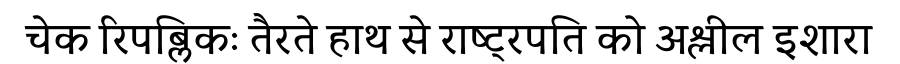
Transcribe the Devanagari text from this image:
चेक रिपब्लिकः तैरते हाथ से राष्ट्रपति को अश्लील इशारा